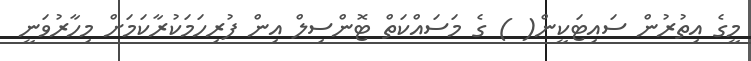
މީގެ އިތުރުން ސައިޓަކީން( ) ގެ މަސައްކަތް ޓޮންސިލް އިން ފުރިހަމަކުރާކަމަށް މިހާރުވަނީ